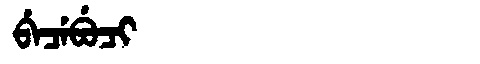
Manchu: ᠪᡝᠴᡝᠪᡠᠴᡳ
Romanization: BECEBUCI